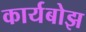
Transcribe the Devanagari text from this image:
कार्यबोझ